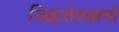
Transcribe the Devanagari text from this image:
जिह्वाछेदाक्षमो